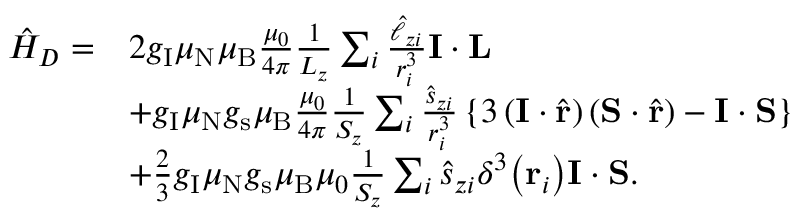
{ \begin{array} { r l } { { \hat { H } } _ { D } = } & { 2 g _ { \mathrm { I } } \mu _ { \mathrm { N } } \mu _ { \mathrm { B } } { \frac { \mu _ { 0 } } { 4 \pi } } { \frac { 1 } { L _ { z } } } \sum _ { i } { \frac { { \hat { \ell } } _ { z i } } { r _ { i } ^ { 3 } } } \mathbf { I } \cdot \mathbf { L } } \\ & { + g _ { \mathrm { I } } \mu _ { \mathrm { N } } g _ { \mathrm { s } } \mu _ { \mathrm { B } } { \frac { \mu _ { 0 } } { 4 \pi } } { \frac { 1 } { S _ { z } } } \sum _ { i } { \frac { { \hat { s } } _ { z i } } { r _ { i } ^ { 3 } } } \left\{ 3 \left( \mathbf { I } \cdot { \hat { \mathbf { r } } } \right) \left( \mathbf { S } \cdot { \hat { \mathbf { r } } } \right) - \mathbf { I } \cdot \mathbf { S } \right\} } \\ & { + { \frac { 2 } { 3 } } g _ { \mathrm { I } } \mu _ { \mathrm { N } } g _ { \mathrm { s } } \mu _ { \mathrm { B } } \mu _ { 0 } { \frac { 1 } { S _ { z } } } \sum _ { i } { \hat { s } } _ { z i } \delta ^ { 3 } { \left( \mathbf { r } _ { i } \right) } \mathbf { I } \cdot \mathbf { S } . } \end{array} }